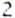
2